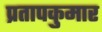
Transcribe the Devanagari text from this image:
प्रतापकुमार